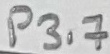
Text: P3.7